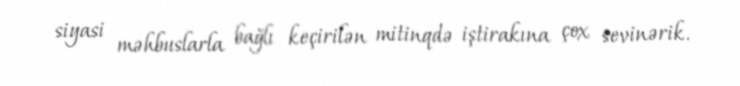
siyasi məhbuslarla bağlı keçirilən mitinqdə iştirakına çox sevinərik.